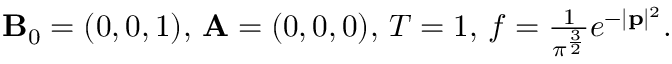
\begin{array} { r } { { \mathbf { B } } _ { 0 } = ( 0 , 0 , 1 ) , \, { \mathbf A } = ( 0 , 0 , 0 ) , \, T = 1 , \, f = \frac { 1 } { \pi ^ { \frac { 3 } { 2 } } } e ^ { - { | { \mathbf p } | ^ { 2 } } } . } \end{array}